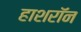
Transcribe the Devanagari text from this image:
हाशरॉन